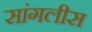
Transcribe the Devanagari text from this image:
सांगलीस